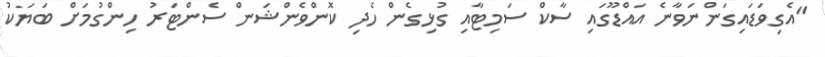
"އެގިވަޑައިގަންނަވާނެ އައްޑޫގައި ސާކް ސަމިޓާއި ގުޅިގެން ހެދި ކޮންވެންޝަން ސެންޓަރު ހިންގުމަށް ބަޔަކު